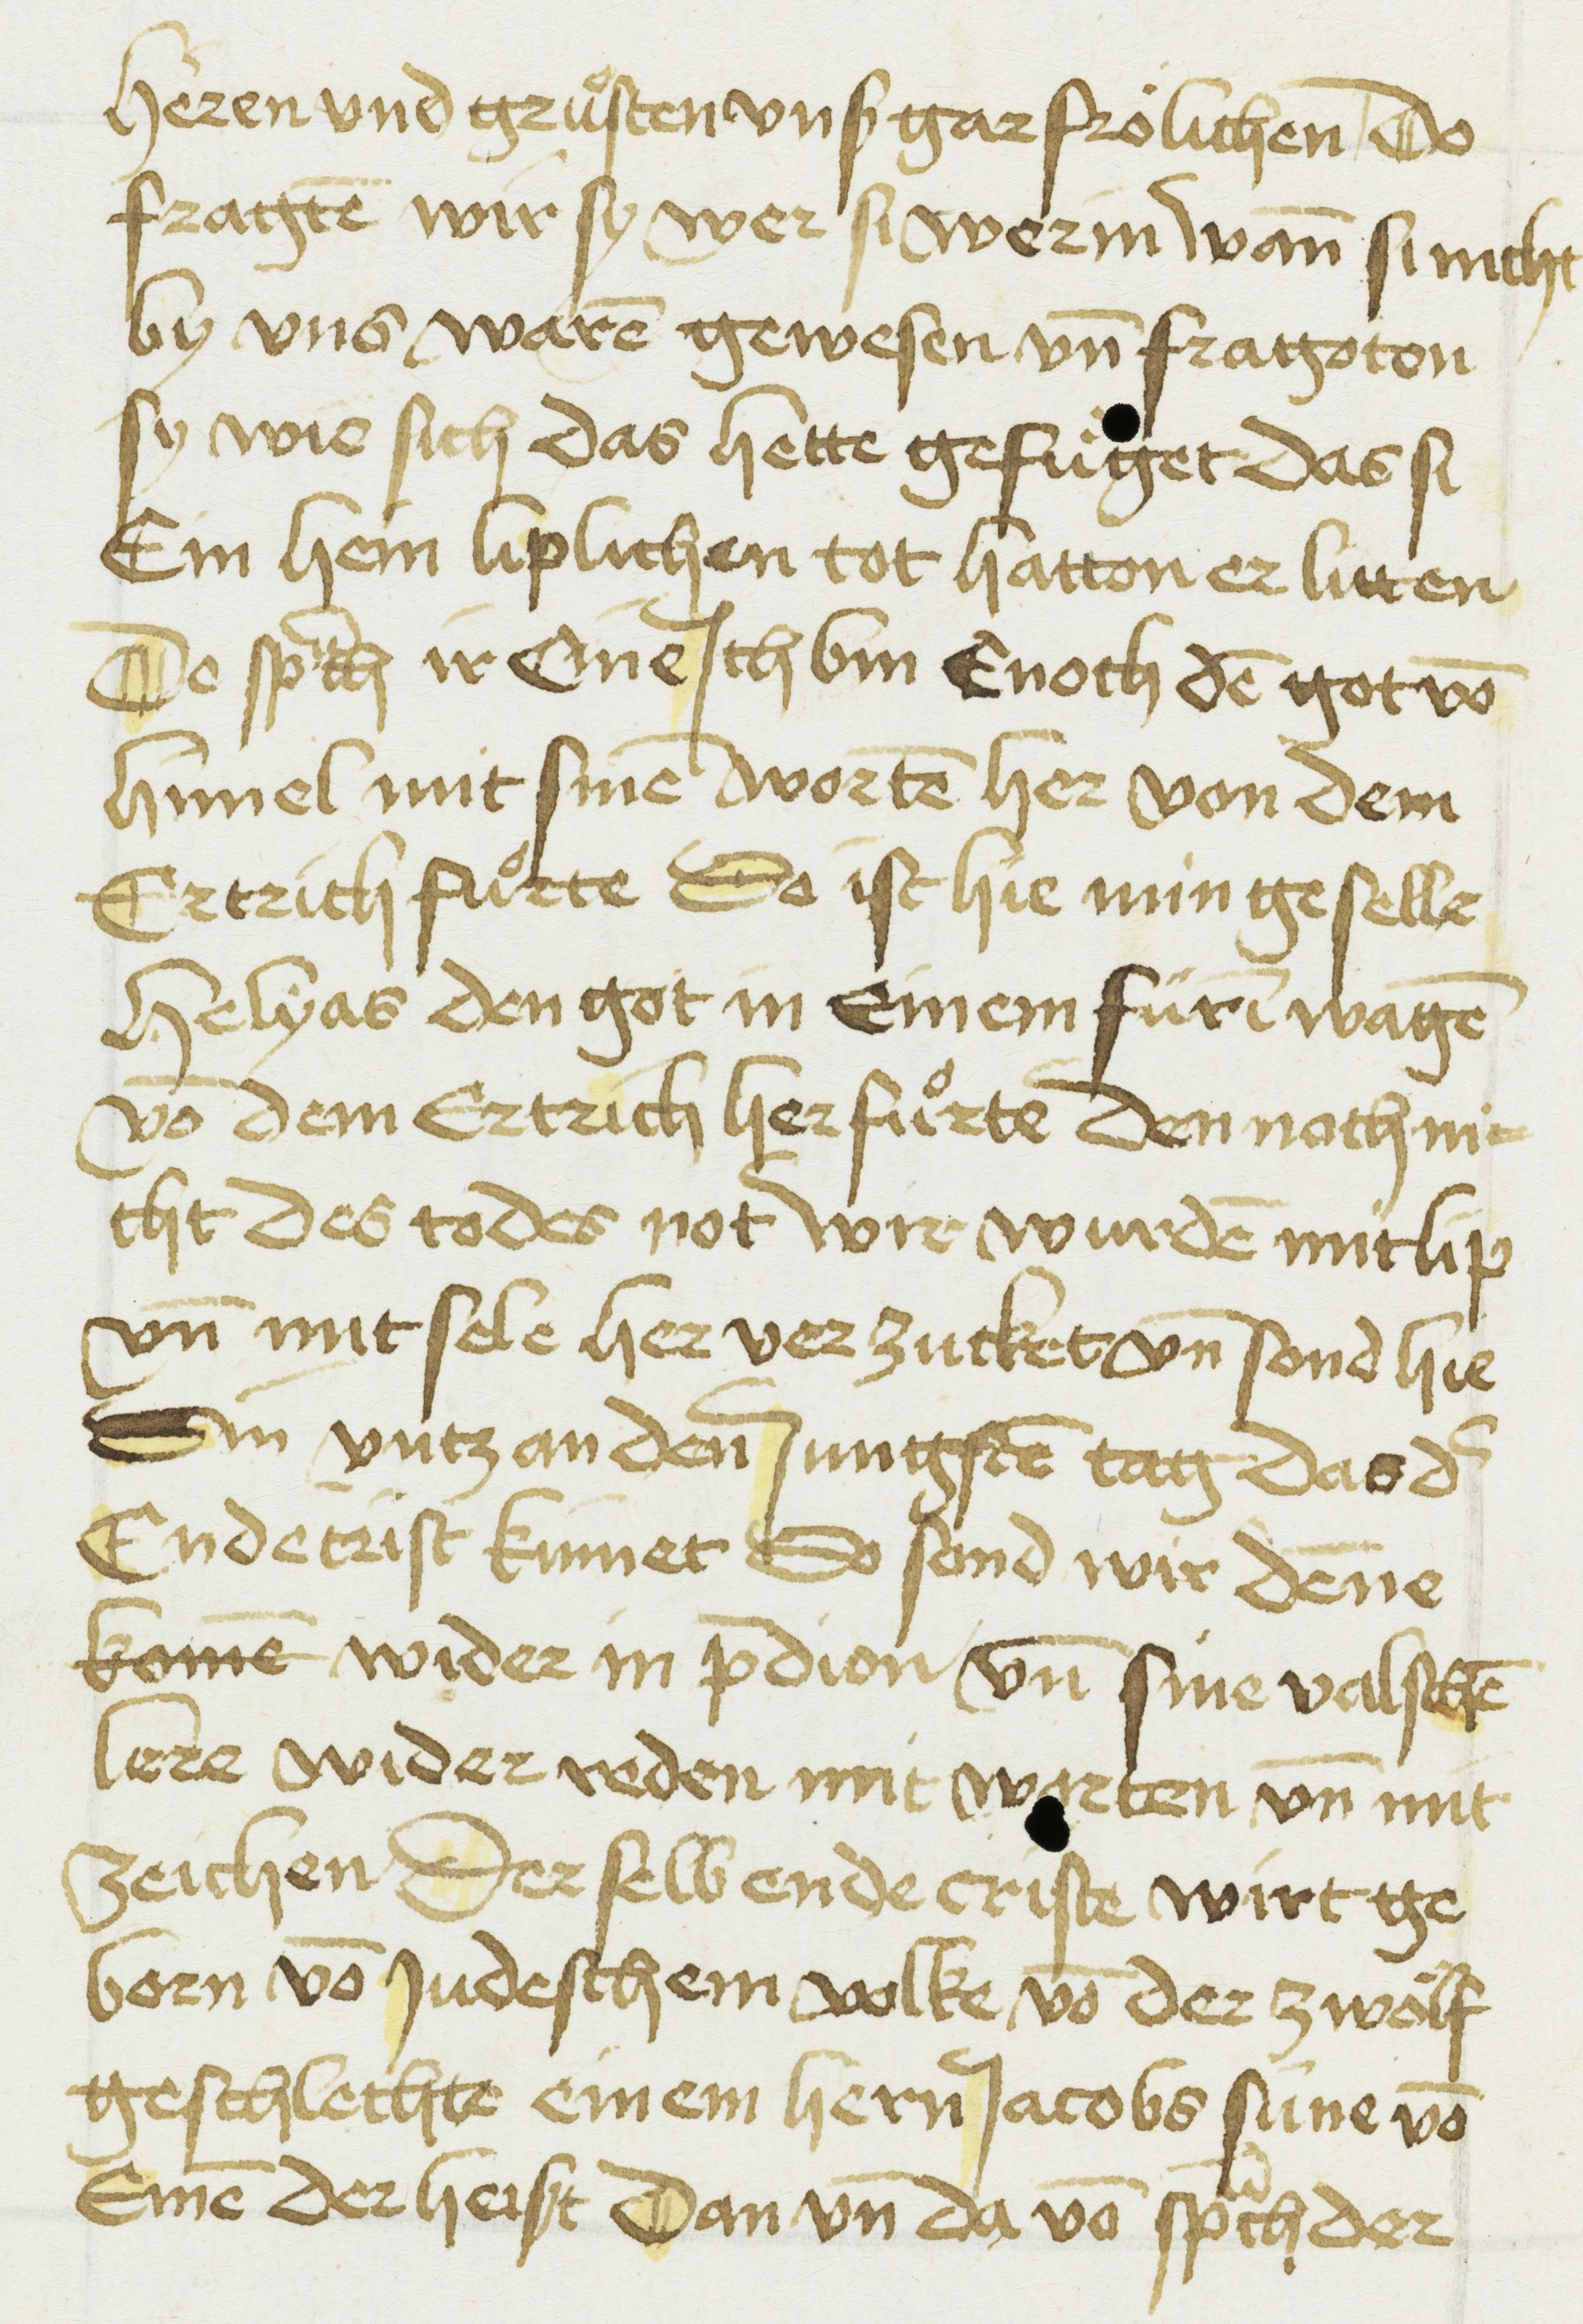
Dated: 1450–1499